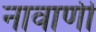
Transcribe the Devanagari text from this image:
नावाणी